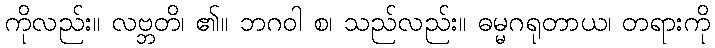
ကိုလည်း။ လဗ္ဘတိ၊ ၏။ ဘဂဝါ စ၊ သည်လည်း။ ဓမ္မဂရုတာယ၊ တရားကို